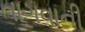
તાગવાની